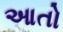
આતો